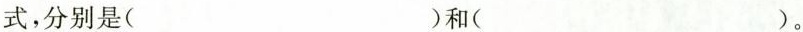
式，分别是( )和( )。